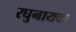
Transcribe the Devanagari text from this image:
रघुनायक